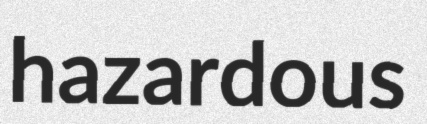
hazardous